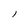
Character: l